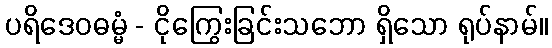
ပရိဒေဝဓမ္မံ - ငိုကြွေးခြင်းသဘော ရှိသော ရုပ်နာမ်။